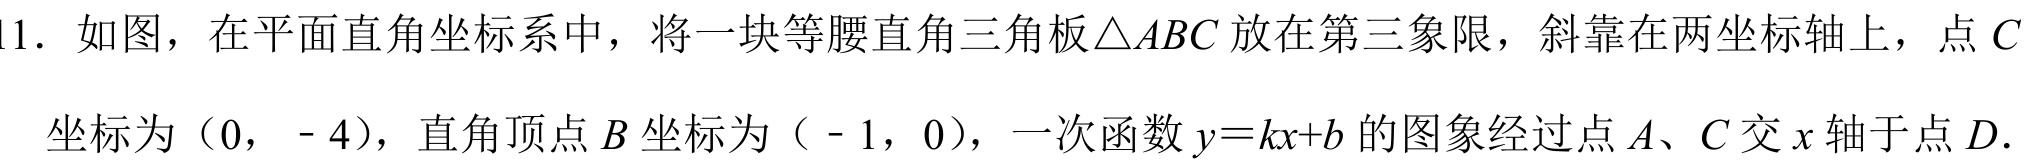
1. 如图，在平面直角坐标系中，将一块等腰直角三角板\(\triangle ABC\)放在第三象限，斜靠在两坐标轴上，点\(C\)
坐标为\((0,- 4)\)，直角顶点\(B\)坐标为\((-1,0)\)，一次函数\(y = kx + b\)的图象经过点\(A\)、\(C\)交\(x\)轴于点\(D\).